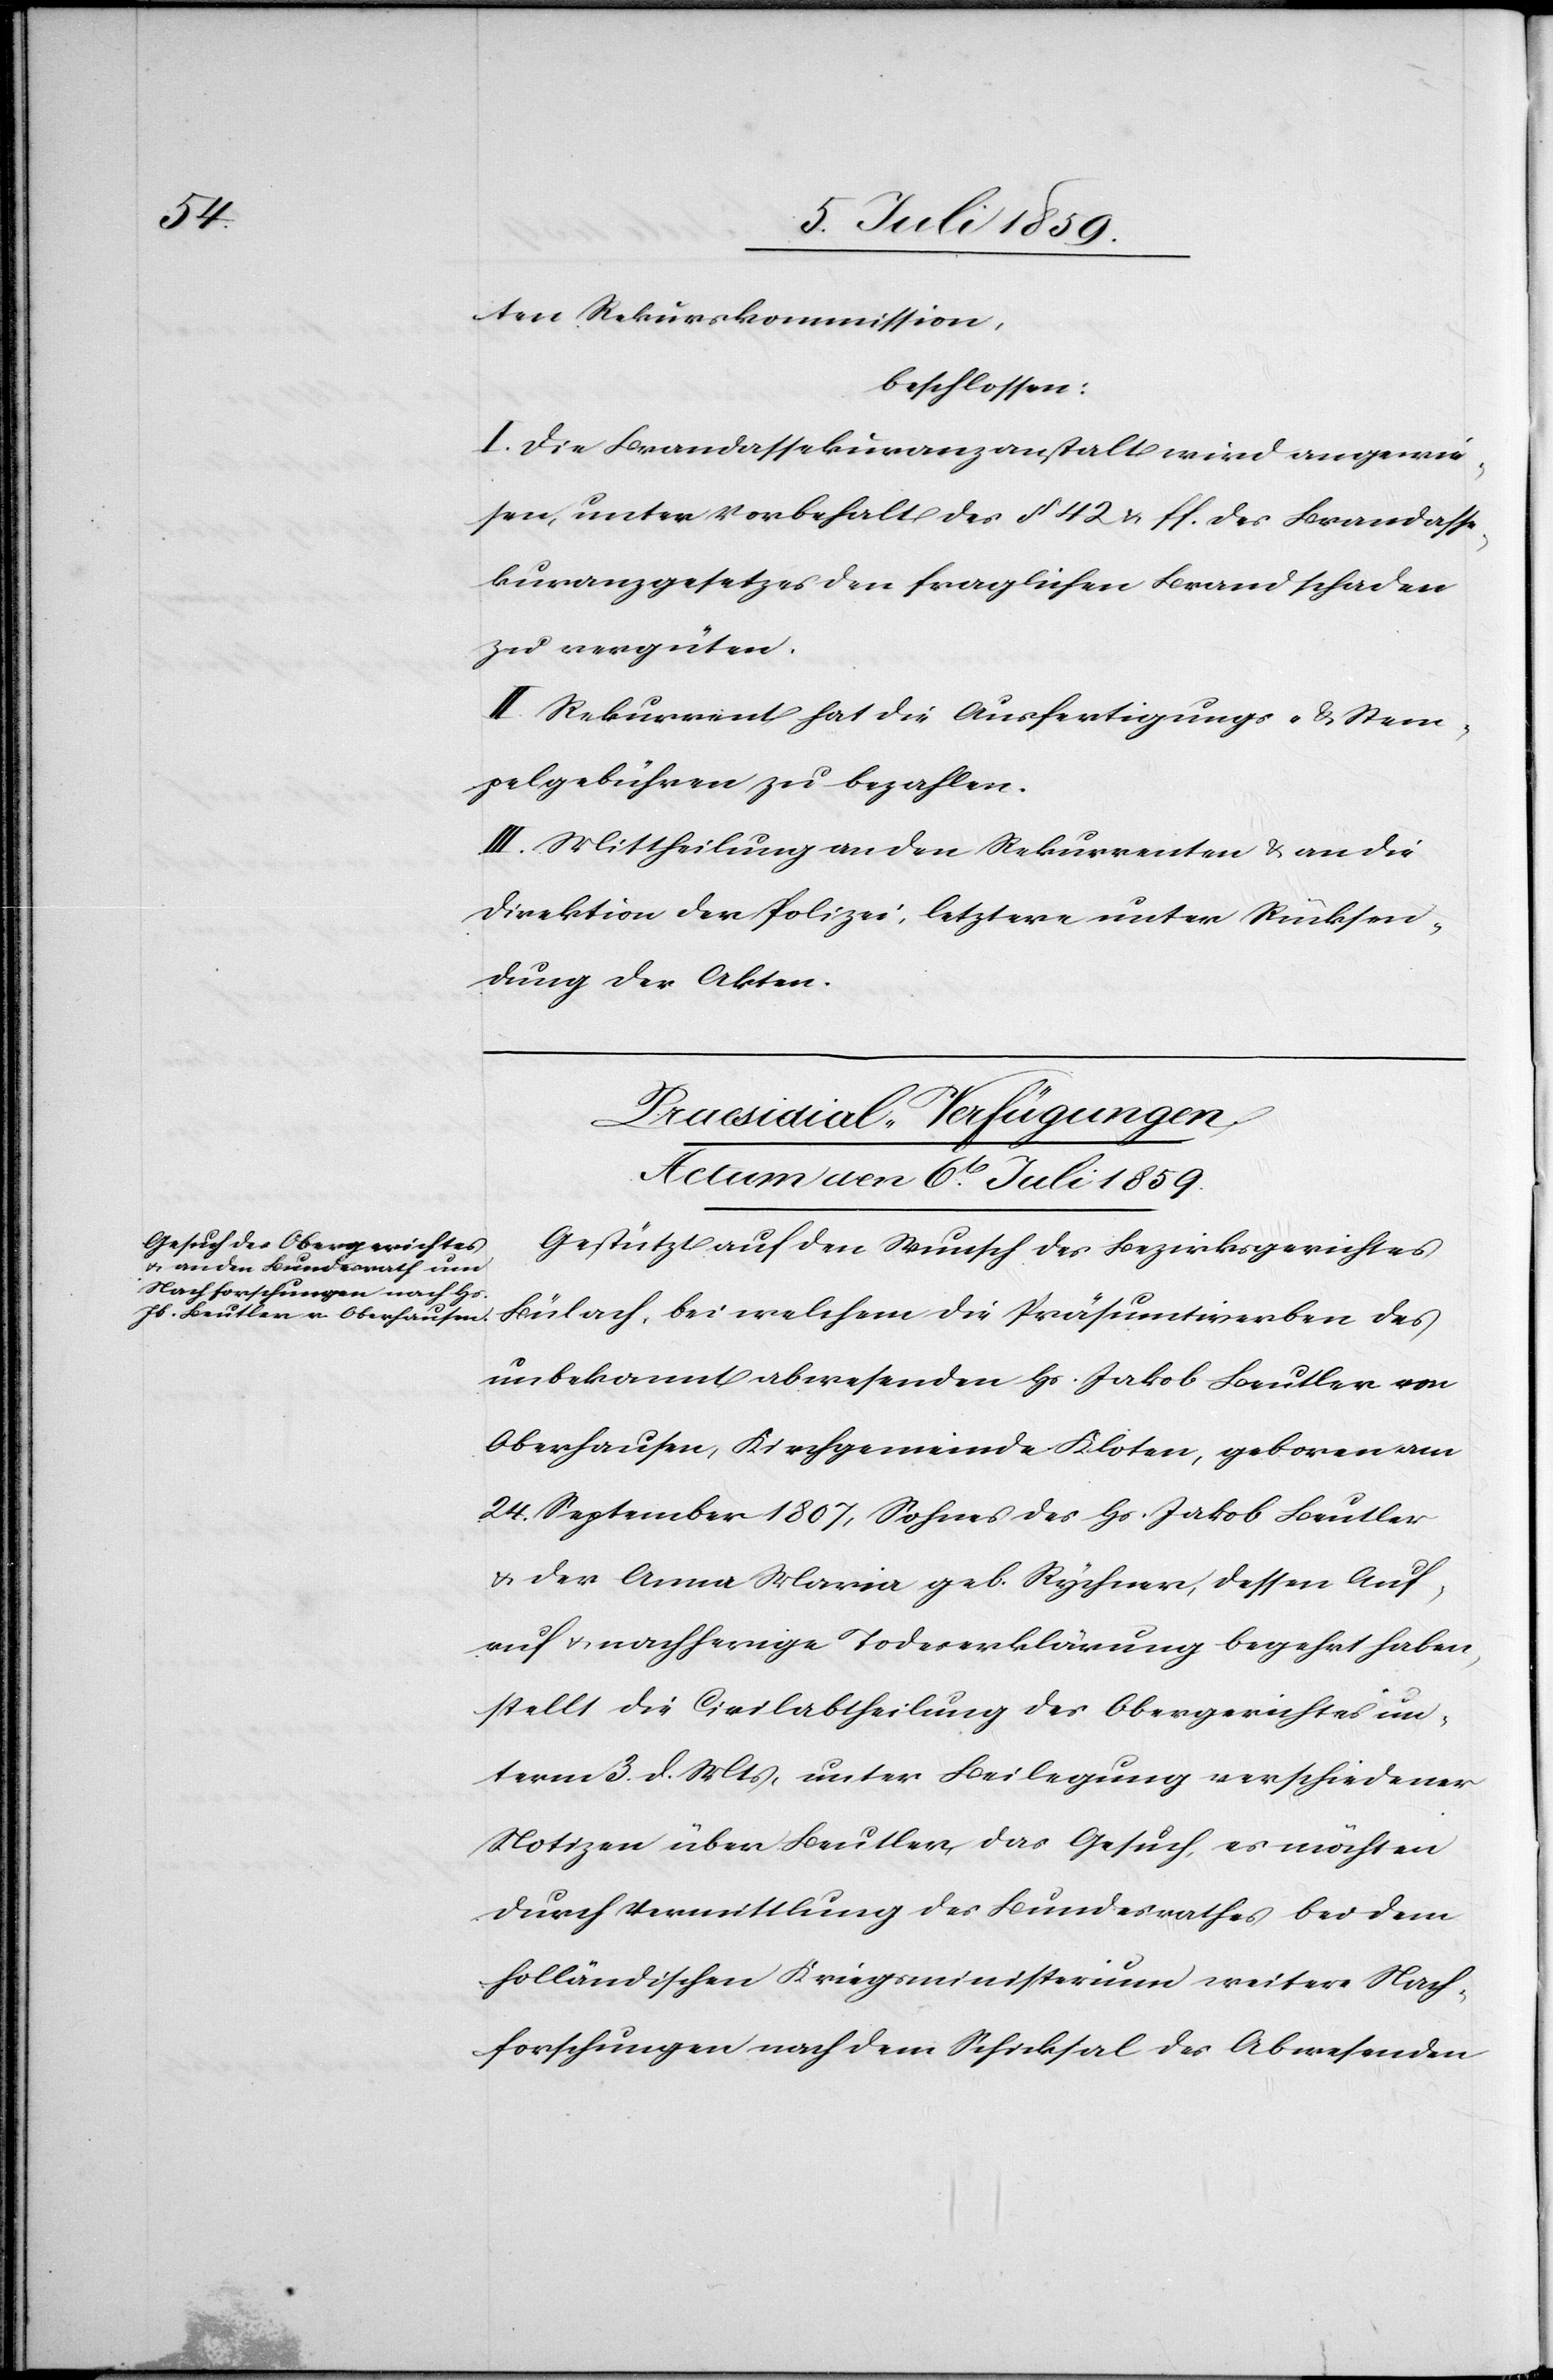
ten Rekurskommission,
beschlossen:
I. Die Brandassekuranzanstalt wird angewie¬
sen, unter Vorbehalt des § 42 u. ff. des Brandasse¬
kuranzgesetzes den fraglichen Brandschaden
zu vergüten.
II. Rekurrent hat die Ausfertigungs- u. Stem¬
pelgebühren zu bezahlen.
III. Mittheilung an den Rekurrenten u. an die
Direktion der Polizei, letztere unter Rücksen¬
dung der Akten.
Praesidial-Verfügungen.
Actum den 6t[en]. Juli 1859.
Gestützt auf den Wunsch des Bezirksgerichtes
Bülach, bei welchem die Präsumtiverben des
unbekannt abwesenden Hs. Jakob Beutler von
Oberhausen, Kirchgemeinde Kloten, geboren am
24. September 1807, Sohnes des Hs. Jakob Beutler
u. der Anna Maria geb. Rychner, dessen Auf¬
ruf u. nachherige Todeserklärung begehrt haben,
stellt die Civilabtheilung des Obergerichtes un¬
term 3. d. Mts., unter Beilegung verschiedener
Notizen über Beutler das Gesuch, es möchten
durch Vermittlung des Bundesrathes bei dem
holländischen Kriegsministerium weitere Nach¬
forschungen nach dem Schicksal des Abwesenden